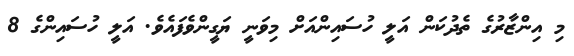
މި އިންޒާރުގެ ތެދުކަން އަލީ ހުސައިންއަށް މިވަނީ ޔަގީންވެފައެވެ. އަލީ ހުސައިންގެ 8